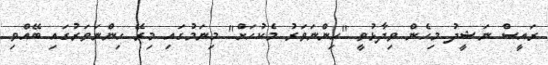
ރައީސް ނަޝީދު މިހެން ވިދާޅުވީ "ހިންނަވަރު މެކުހަށް" މިނަމުގައި މިރޭ ހިންނަވަރުގައި ބޭއްވި